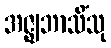
အဇ္ဈဘာသိံသု